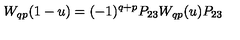
W _ { q p } ( 1 - u ) = ( - 1 ) ^ { q + p } P _ { 2 3 } W _ { q p } ( u ) P _ { 2 3 }